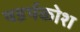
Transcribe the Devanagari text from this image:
षडर्थकोश